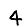
Digit: 4